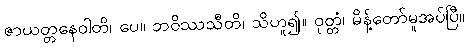
ဇာယတ္တနေဝါတိ၊ ပေ။ ဘဝိဿသီတိ၊ သိဟူ၍။ ဝုတ္တံ၊ မိန့်တော်မူအပ်ပြီ။